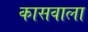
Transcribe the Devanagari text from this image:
कासवाला